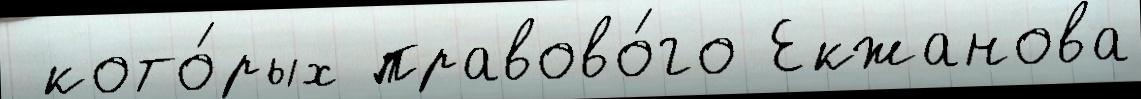
 кото́рых правово́го Екжанова